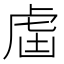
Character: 𧆣